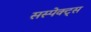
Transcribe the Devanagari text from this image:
सस्पेक्ट्स